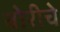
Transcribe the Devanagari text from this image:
बोरीचे